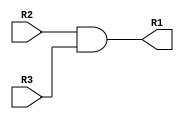
module andgate  (
    R1,R2,R3
);
    
    input [31:0] R2,R3;
    output [31:0] R1;

    assign R1 = R2&R3; //bitwise and, for logical use &&

endmodule